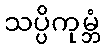
သပ္ပိကုမ္ဘံ